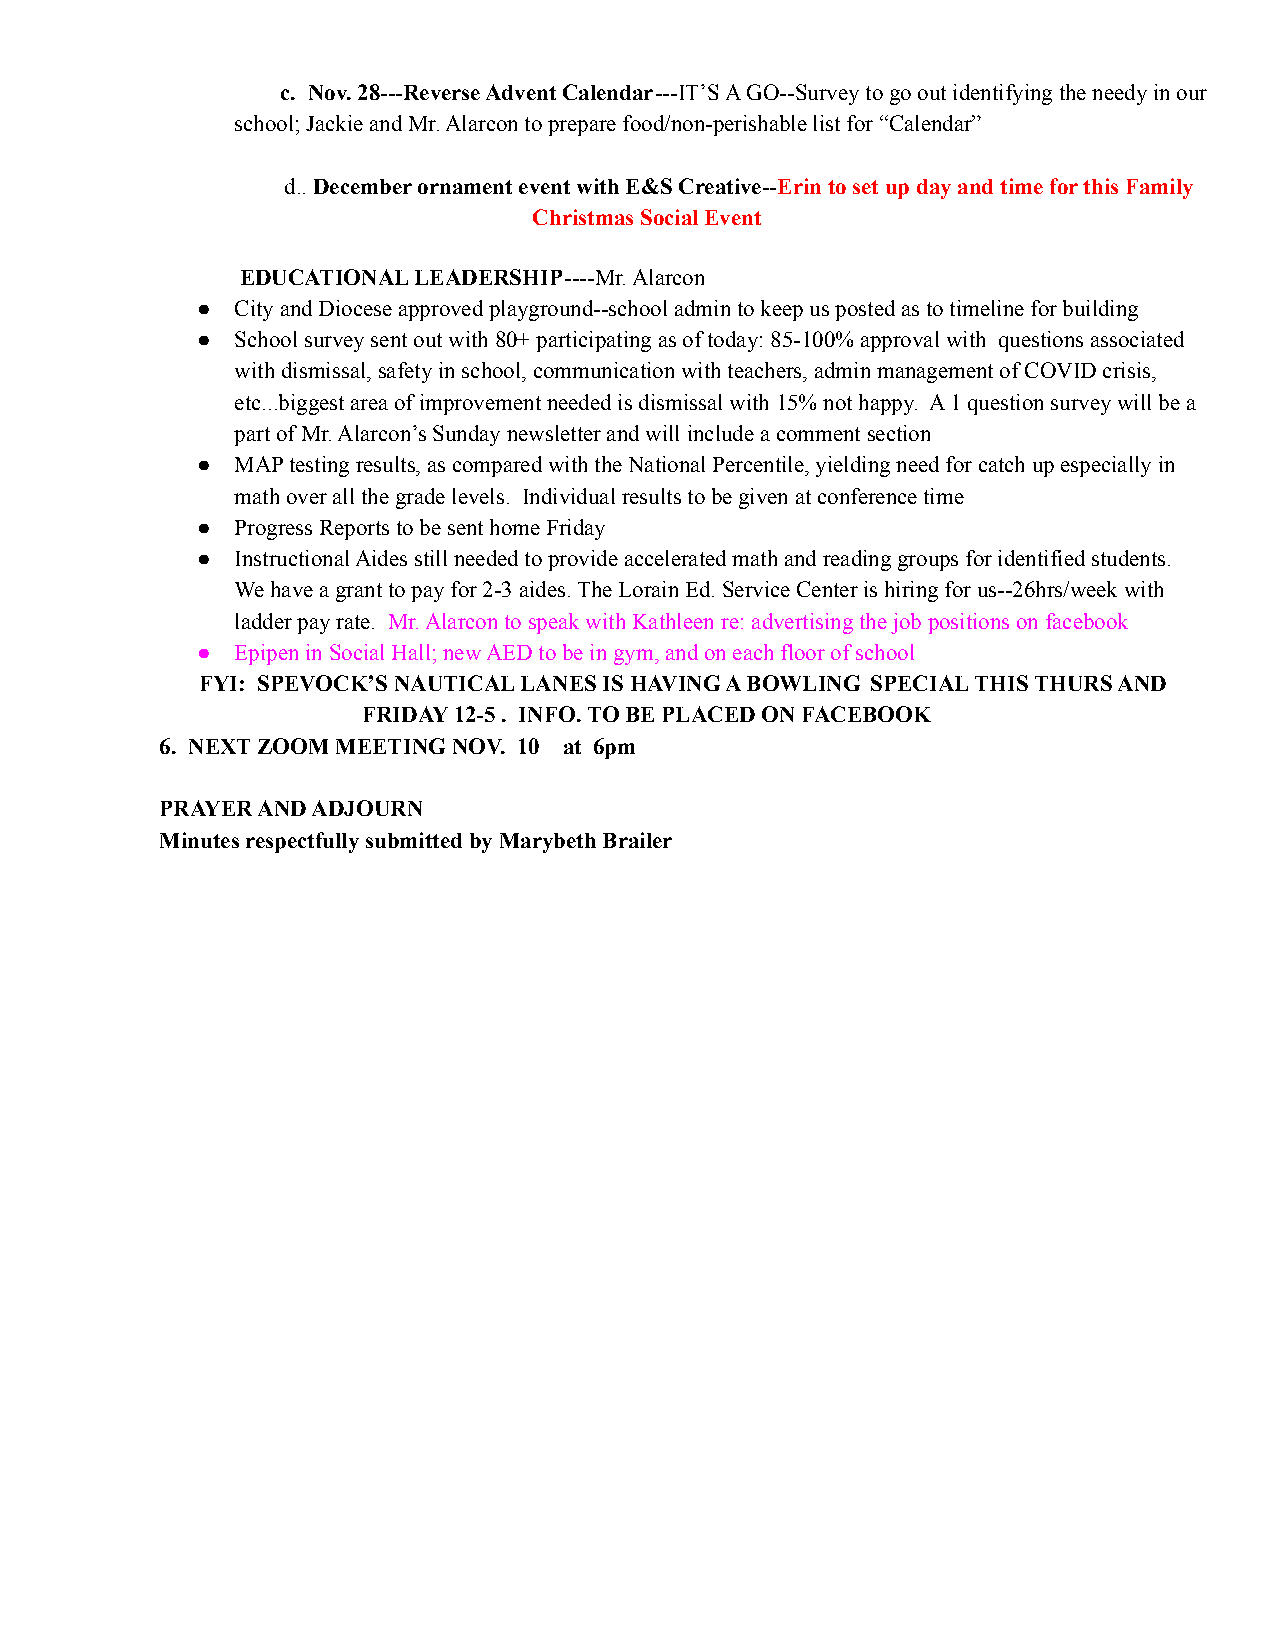
c. Nov. 28---Reverse Advent Calendar---IT’SA GO--Survey to go out identifying the needy in our
 school; Jackie and Mr. Alarcon to prepare food/non-perishable list for “Calendar”
 d..December ornament event with E&S Creative--Erinto set up day and time for this Family
 Christmas Social Event
 EDUCATIONAL LEADERSHIP----Mr. Alarcon
 ●  City and Diocese approved playground--school admin to keep us posted as to timeline for building
 ●  School survey sent out with 80+ participating as of today: 85-100% approval with questions associated
 with dismissal, safety in school, communication with teachers, admin management of COVID crisis,
 etc...biggest area of improvement needed is dismissal with 15% not happy. A 1 question survey will be a
 part of Mr. Alarcon’s Sunday newsletter and will include a comment section
 ●  MAP testing results, as compared with the National Percentile, yielding need for catch up especially in
 math over all the grade levels. Individual results to be given at conference time
 ●  Progress Reports to be sent home Friday
 ●  Instructional Aides still needed to provide accelerated math and reading groups for identified students.
 We have a grant to pay for 2-3 aides. The Lorain Ed. Service Center is hiring for us--26hrs/week with
 ladder pay rate. Mr. Alarcon to speak with Kathleen re: advertising the job positions on facebook
 ●  Epipen in Social Hall; new AED to be in gym, and on each floor of school
 FYI: SPEVOCK’S NAUTICAL LANES IS HAVING A BOWLING SPECIAL THIS THURS AND
 FRIDAY 12-5 . INFO. TO BE PLACED ON FACEBOOK
 6. NEXT ZOOM MEETING NOV. 10 at 6pm
 PRAYER AND ADJOURN
 Minutes respectfully submitted by Marybeth Brailer